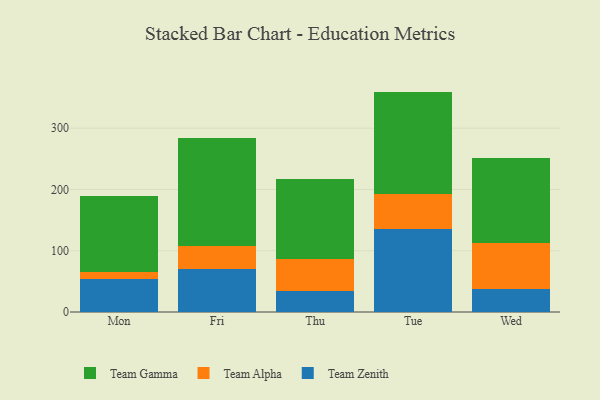
{"axis": {"x": "Day", "y": "Temperature (°C)"}, "legend": ["Team Alpha", "Team Gamma", "Team Zenith"], "data": [{"x": "Mon", "y": 54.5, "type": "Team Zenith"}, {"x": "Mon", "y": 10.3, "type": "Team Alpha"}, {"x": "Mon", "y": 123.8, "type": "Team Gamma"}, {"x": "Fri", "y": 70.6, "type": "Team Zenith"}, {"x": "Fri", "y": 37.1, "type": "Team Alpha"}, {"x": "Fri", "y": 176.5, "type": "Team Gamma"}, {"x": "Thu", "y": 33.5, "type": "Team Zenith"}, {"x": "Thu", "y": 53.6, "type": "Team Alpha"}, {"x": "Thu", "y": 130.6, "type": "Team Gamma"}, {"x": "Tue", "y": 134.9, "type": "Team Zenith"}, {"x": "Tue", "y": 58.5, "type": "Team Alpha"}, {"x": "Tue", "y": 166.3, "type": "Team Gamma"}, {"x": "Wed", "y": 38.2, "type": "Team Zenith"}, {"x": "Wed", "y": 75.0, "type": "Team Alpha"}, {"x": "Wed", "y": 138.0, "type": "Team Gamma"}]}